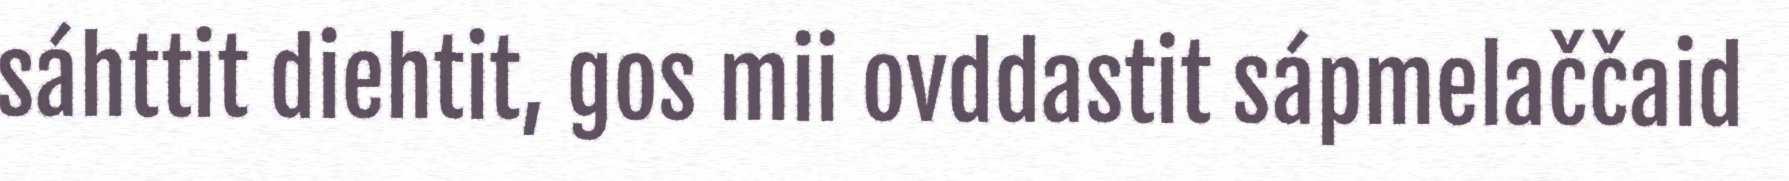
sáhttit diehtit, gos mii ovddastit sápmelaččaid